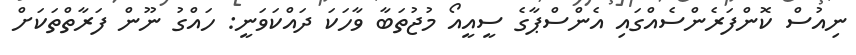
ނިއުސް ކޮންފަރެންސެއްގައި އެންސްޕާގެ ސީއީއޯ މުޖުތަބާ ވާހަކަ ދައްކަވަނީ: ހައްގު ނޫން ފަރާތްތަކަށް